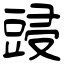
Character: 䜷